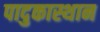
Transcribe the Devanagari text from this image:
पादुकास्थान